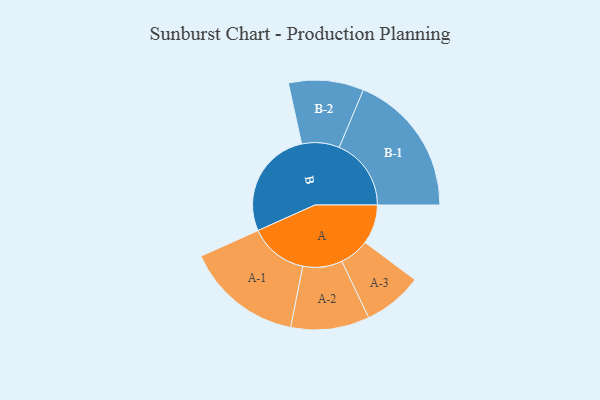
{"axis": {"x": "Segment", "y": "Value"}, "legend": ["", "A", "B"], "data": [{"x": "A", "y": 134, "type": ""}, {"x": "B", "y": 371, "type": ""}, {"x": "A-1", "y": 199, "type": "A"}, {"x": "A-2", "y": 134, "type": "A"}, {"x": "A-3", "y": 101, "type": "A"}, {"x": "B-1", "y": 245, "type": "B"}, {"x": "B-2", "y": 128, "type": "B"}]}